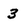
Character: 3